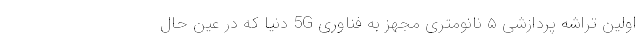
اولین تراشه پردازشی ۵ نانومتری مجهز به فناوری 5G دنیا که در عین حال